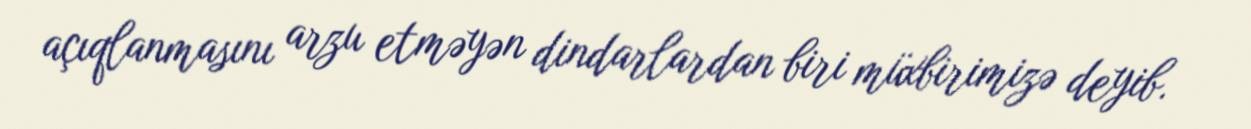
açıqlanmasını arzu etməyən dindarlardan biri müxbirimizə deyib.